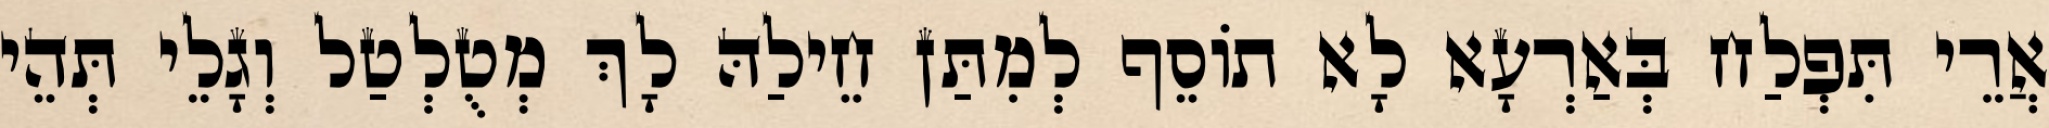
אֲרֵי תִּפְלַח בְּאַרְעָא לָא תוֹסֵף לְמִתַּן חֵילַהּ לָךְ מְטֻלְטַל וְגָלֵי תְּהֵי